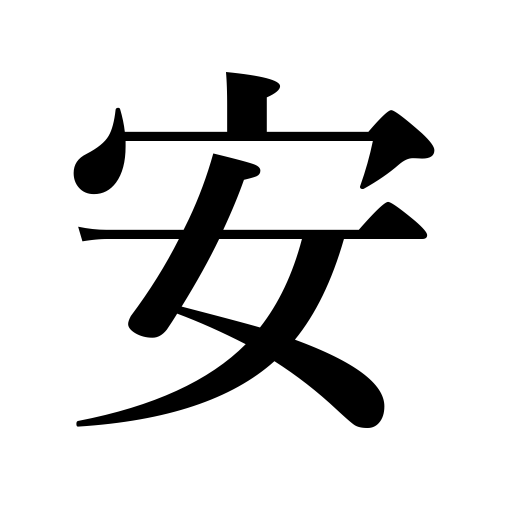
Meanings: gossipy,inexpensive,peaceful,quiet,thoughtless,cheap,be rested,repose,be relieved,feel at ease